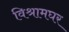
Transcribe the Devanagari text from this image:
विश्रामघर